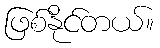
ဖြစ်နိုင်တယ်။